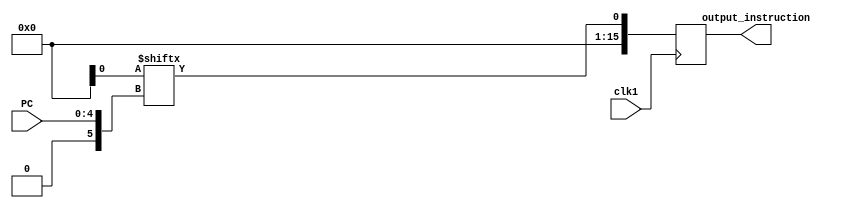
module instruction_set(PC,clk1,output_instruction);

input [4:0] PC;
input clk1;
output reg [15:0] output_instruction;
integer num;

//These are the instructions that we use for matrix multiplication.

initial begin
    //mul r3 r1 r2
    //add r5 r3 r4
    //add r10 r8 r9
    //mul r11 r7 r10
    //div r8 r6 r3     0011011000111000
    //sub r6 r11 r8    0001101110000110

    tomasulo.memory[0] = 16'b0010000100100011;
    tomasulo.memory[1] = 16'b0000001101000101;
    tomasulo.memory[2] = 16'b0000100010011010;
    tomasulo.memory[3] = 16'b0010011110101011;
    tomasulo.memory[4] = 16'b0011011000111000;
    tomasulo.memory[5] = 16'b0001101101010110;

    // add r5,r4,r4
    // mul r2,r1,r3
    // div r10,r5,r2
    // add r12,r4,r6
    // sub r5,r14,r2

    // tomasulo.memory[0] = 16'b0000010001000101;
    // tomasulo.memory[1] = 16'b0010000100110010;
    // tomasulo.memory[2] = 16'b0011010100101010;
    // tomasulo.memory[3] = 16'b0000010001101100;
    // tomasulo.memory[4] = 16'b0001111000100101;

end

always@(posedge clk1)
  begin
    num = PC;
    output_instruction = tomasulo.memory[num];  //Here we are assigning the instruction present in the memory.
  end


endmodule